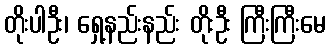
တိုးပါဦး၊ ရှေ့နည်းနည်း တိုးဦး ကြီးကြီးမေ